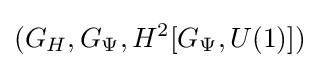
(G_{H},G_{\Psi },H^{2}[G_{\Psi },U(1)])